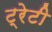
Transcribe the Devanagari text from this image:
ट्रेटी